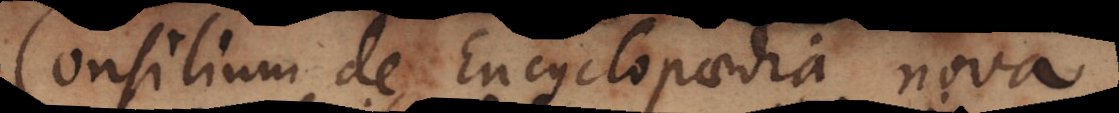
Consilium de Encyclopaedia nova